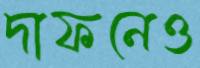
দাফনেও